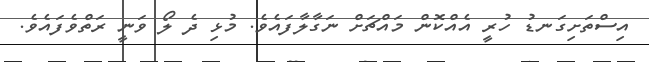
އިސްތަށިގަނޑު ހުރީ އެއްކޮން މައްޗަށް ނަގާލާފައެވެ. މުޅި ދެ ލޯ ވަނީ ރަތްވެފައެވެ.